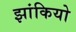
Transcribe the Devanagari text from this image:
झांकियो